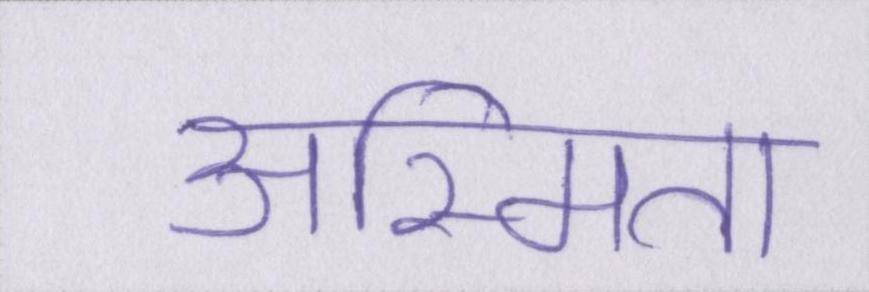
अस्मिता